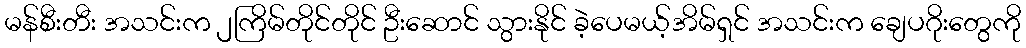
မန်စီးတီး အသင်းက ၂ကြိမ်တိုင်တိုင် ဦးဆောင် သွားနိုင် ခဲ့ပေမယ့်အိမ်ရှင် အသင်းက ချေပဂိုးတွေကို